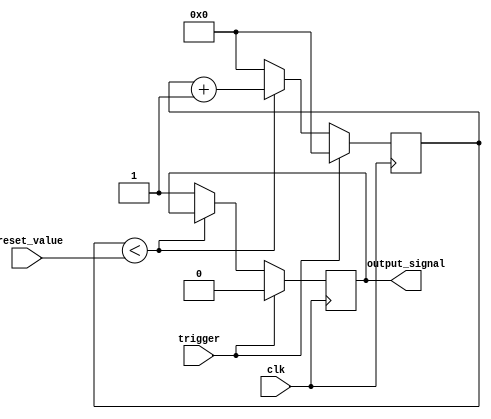
module one_shot_timer (
    input trigger,
    input [7:0] preset_value,
    input clk,
    output reg output_signal
);

reg [7:0] counter;

always @(posedge clk) begin
    if (trigger) begin
        counter <= 0;
        output_signal <= 0;
    end else if (counter < preset_value) begin
        counter <= counter + 1;
    end else begin
        output_signal <= 1;
        counter <= 0;
    end
end

endmodule